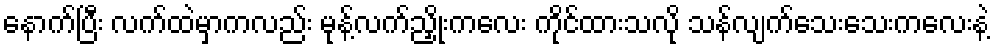
နောက်ပြီး လက်ထဲမှာကလည်း မုန့်လက်ညှိုးကလေး ကိုင်ထားသလို သန်လျက်သေးသေးကလေးနဲ့